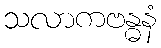
သလာကဗန္ဓနံ